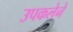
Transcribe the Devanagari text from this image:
उपकलेने